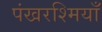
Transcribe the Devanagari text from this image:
पंखरश्मियाँ